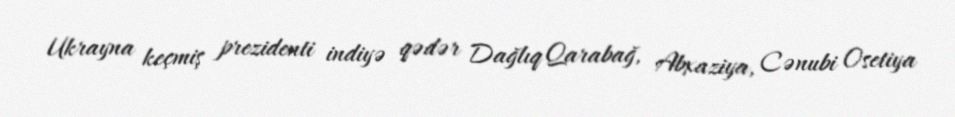
Ukrayna keçmiş prezidenti indiyə qədər Dağlıq Qarabağ, Abxaziya, Cənubi Osetiya